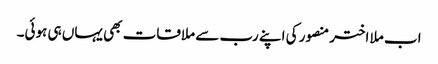
اب ملا اختر منصور کی اپنے رب سے ملاقات بھی یہاں ہی ہوئی۔